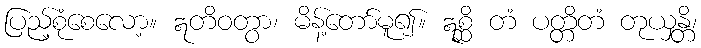
ပြည့်စုံစေလော့။ ဣတိဝတွာ၊ မိန့်တော်မူ၍။ ဣစ္ဆိ တံ ပတ္တိတံ တုယှန္တိ၊